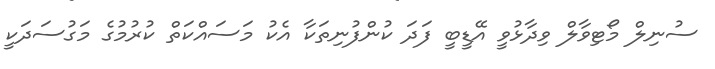
ސުނިލް މޯޓިވާލް ވިދާޅުވީ އޭޑީބީ ފަދަ ކުންފުނިތަކާ އެކު މަސައްކަތް ކުރުމުގެ މަގުސަދަކީ